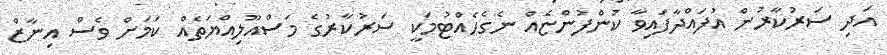
އަދި ސަރުކާރުން އުފައްދާފައިވާ ކުންފުންޏެއް ނެގެހެއްޓުމަކީ ސަރުކާރުގެ މަސްއޫލިއްޔަތެއް ކަމަށް ވެސް އިނާޒް